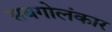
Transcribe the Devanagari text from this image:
सबगोलंकार